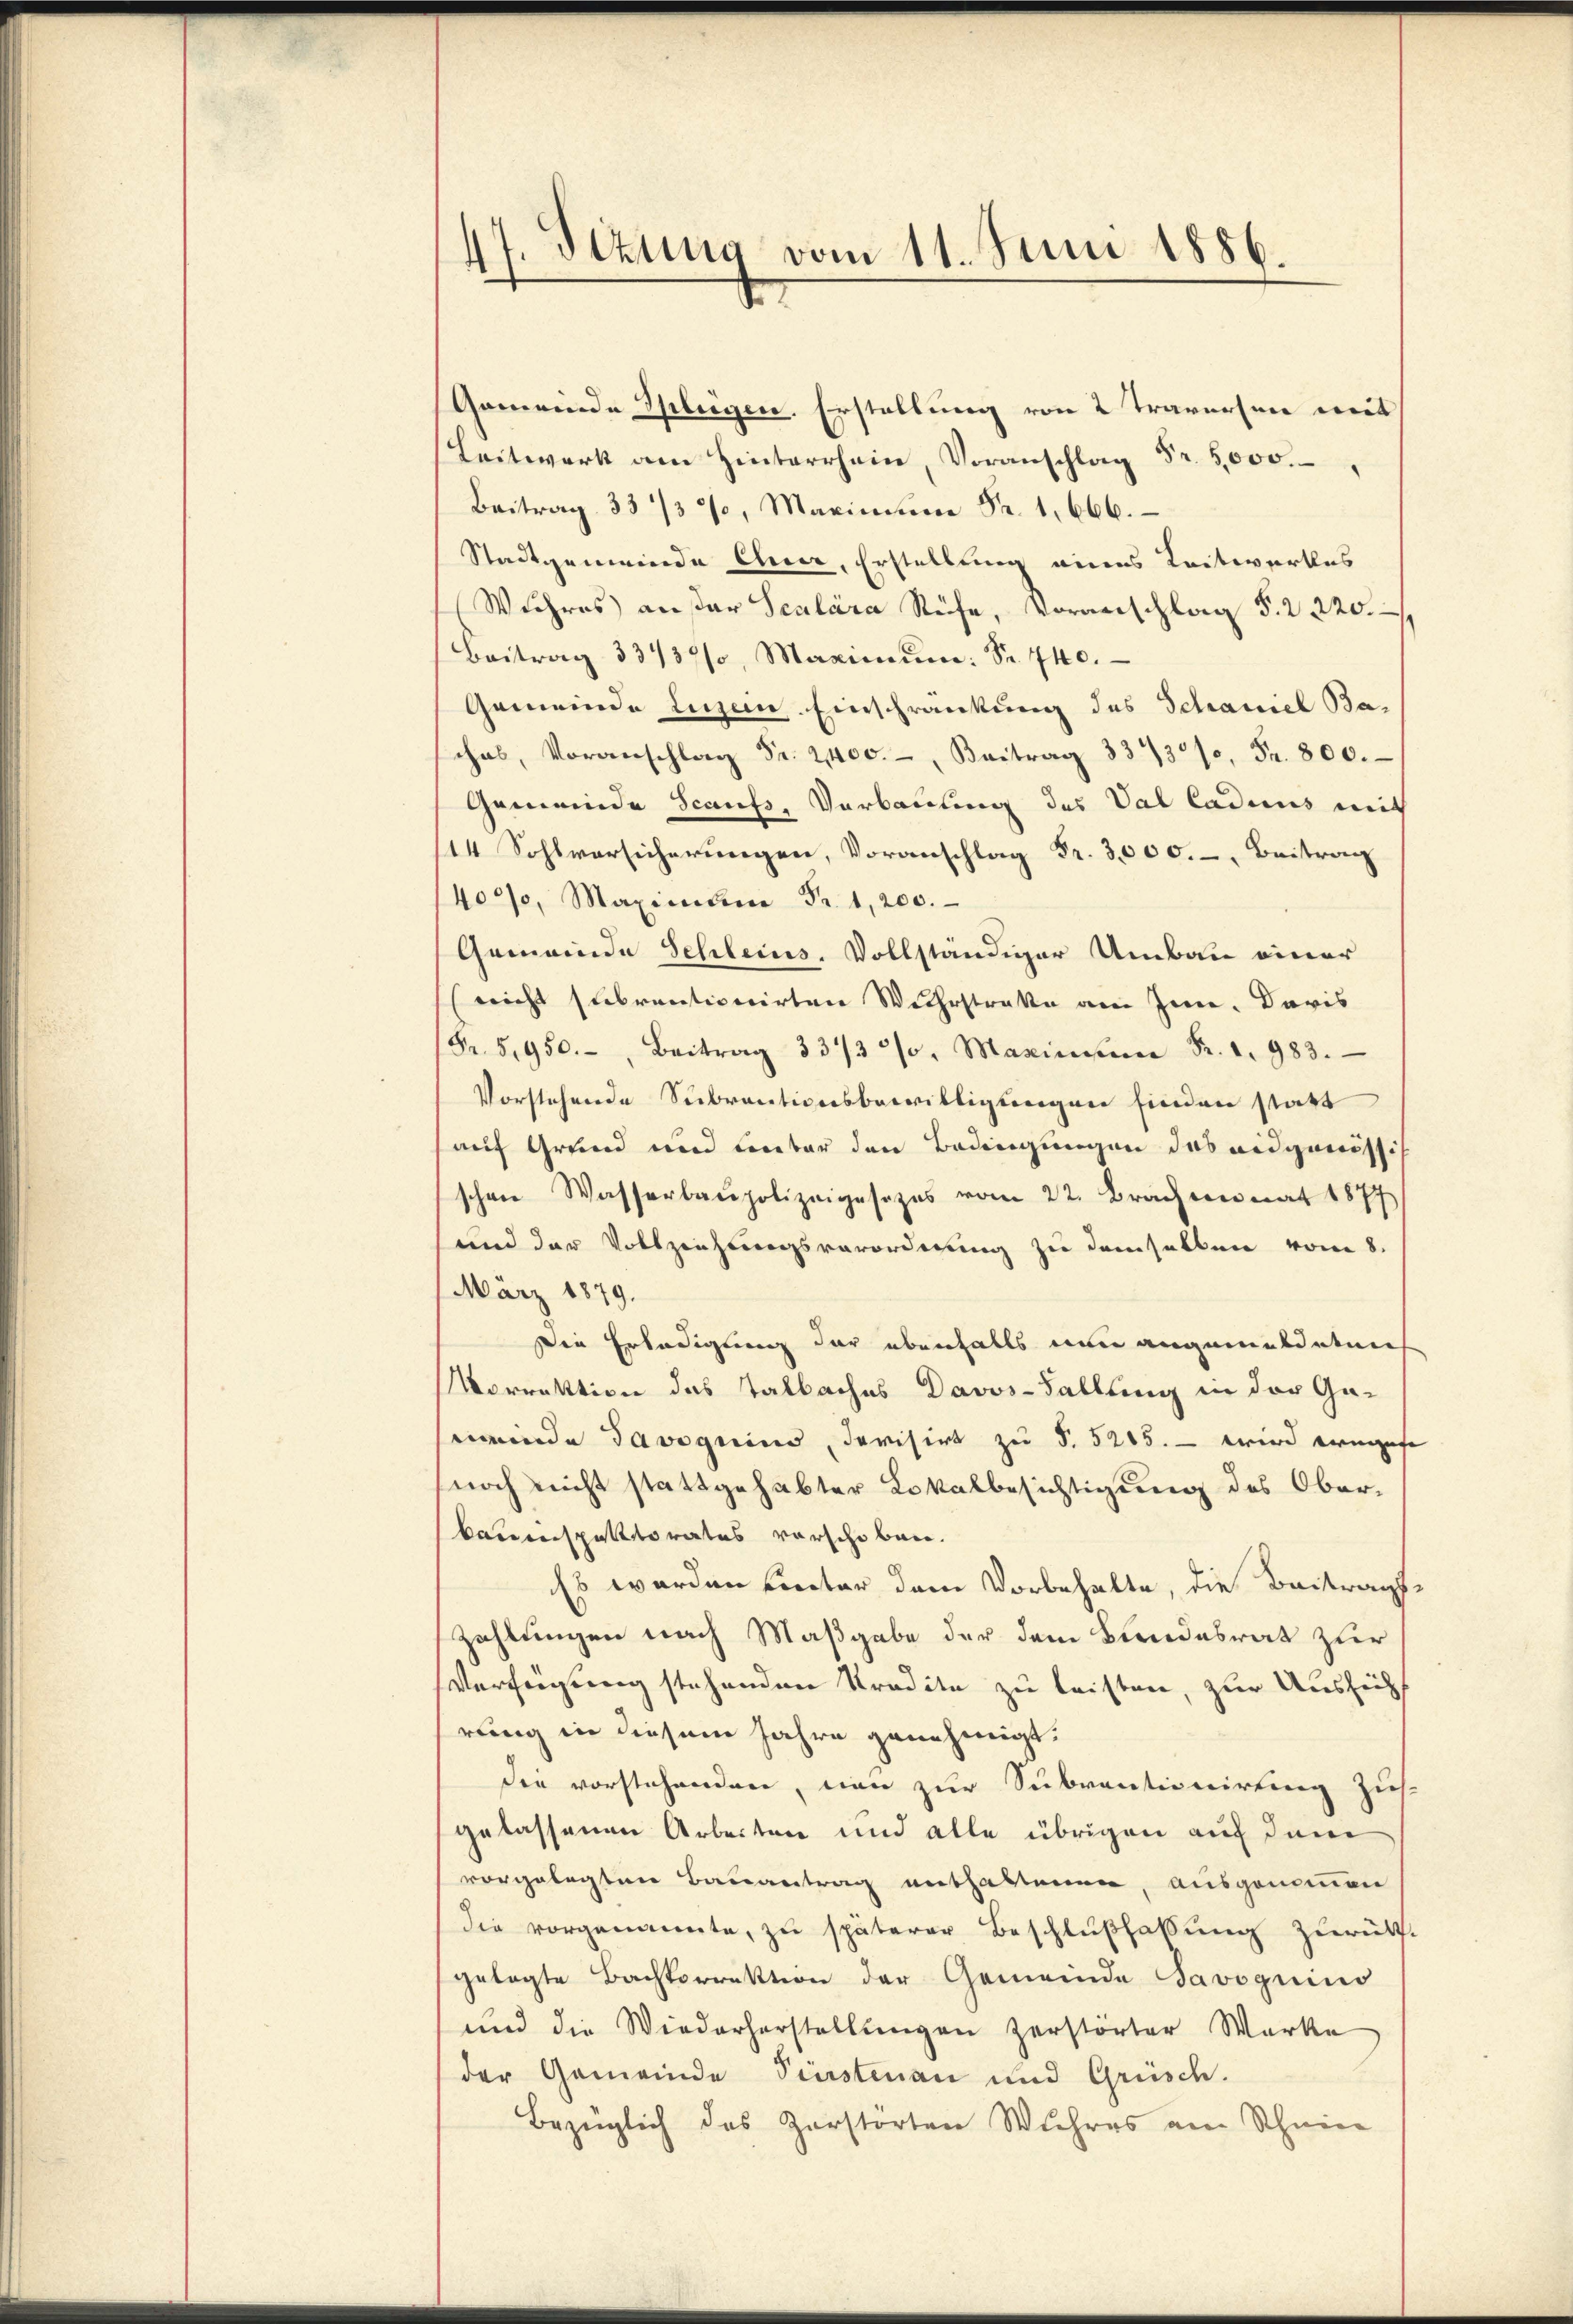
47. Sizung vom 11. Juni 1886.

Gemeinde Spleigen. Erstellung von 2 Traversen mit
Leitwerk am Hinterrhein, Voranschlag Fr. 5000.
Beitrag 33/3%, Marin Fr. 1666.
Stadtgemeinde Euer, Erstellung eines Leitwerkes
Wuhres außer Scalara Rüfe, Voranschlag §. 2. 220.
Beitrag 33/3%, Maximum: Sr. 740.
Gemeinde Luzern Einschränkung des Schaniel Baches, Voranschlag Fr. 2400. Beitrag 3373/0, Fr. 800.
Gemeinde Scaufs, Verbauung des Val Cadens mit
14 Sohlversicherungen, Voranschlag Fr. 3000. Beitrag
400%, Maximŭm Fr. 1,200.
Gemeinde Schleins vollständiger Umbau einer
(nicht subventionirten Wuhrstrakte am Inn. Daris
Fr. 5,950. Beitrag 337320. Maximum Fr. 1. 983.
Vorstehende Subventionsbewilligungen finden statt
auf Grund und Lentar den Bedingungen das eidgenössis
schen Wasserbaupolizeigesezes vom 22. Brachen nat 1877
und der Vollziehungsverordnung zu demselben vom 8.
März 1879.
Die Erledigung der ebenfalls nun angemeldeten
Vorrektion des Talbaches Davos-Sallung in der Ga-
wende davoguins, devisirt zu S. 5205. - wird eringese
noch nicht stattgehabter Lokalbesichtigung des Oberkauinspektorates vorschoben.
Es werden unter dem Vorbehalte, die Beitragszahlungen nach Maßgabe der dem Bundesrat zur
Verfügung stehenden Kredite zu leisten, zur Aushöchs
rung in diesem Jahre genehmigt.
die vorstehenden, man zur Subventionirtung zus.
gelassenen Arbeiten und alle übrigen auf den
vorgelegten Bauantrag enthaltenen, ausgenommen
die vorgenannte, zu späterer Beschlußfaßung zurück-
gelegte Bachkorrektion der Gemeinde Savoguins
und die Wiederherstellŭngen zerstörter Werke
der Gemeinde Finstenau und Grüsch.
Bezüglich des Zerstörten Wuhres am Schein